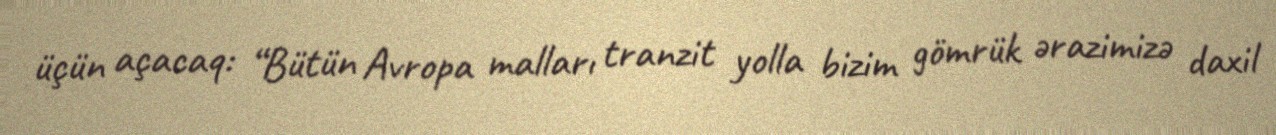
üçün açacaq: “Bütün Avropa malları tranzit yolla bizim gömrük ərazimizə daxil